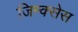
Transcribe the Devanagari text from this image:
जिन्क्सेस